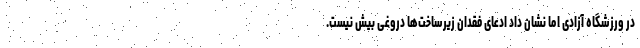
در ورزشگاه آزادی اما نشان داد ادعای فقدانِ زیرساخت‌ها دروغی بیش نیست.